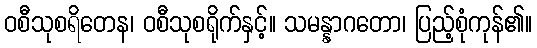
ဝစီသုစရိတေန၊ ဝစီသုစရိုက်နှင့်။ သမန္နာဂတော၊ ပြည့်စုံကုန်၏။